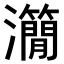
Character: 𤄒